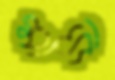
মাদ্রা